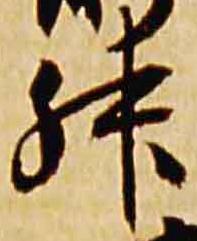
升